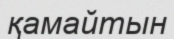
қамайтын